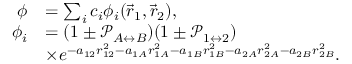
\begin{array} { r l } { \phi } & { = \sum _ { i } c _ { i } \phi _ { i } ( \vec { r } _ { 1 } , \vec { r } _ { 2 } ) , } \\ { \phi _ { i } } & { = ( 1 \pm \mathcal { P } _ { A \leftrightarrow B } ) ( 1 \pm \mathcal { P } _ { 1 \leftrightarrow 2 } ) } \\ & { \times e ^ { - a _ { 1 2 } r _ { 1 2 } ^ { 2 } - a _ { 1 A } r _ { 1 A } ^ { 2 } - a _ { 1 B } r _ { 1 B } ^ { 2 } - a _ { 2 A } r _ { 2 A } ^ { 2 } - a _ { 2 B } r _ { 2 B } ^ { 2 } } . } \end{array}